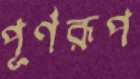
পূর্ণরূপ